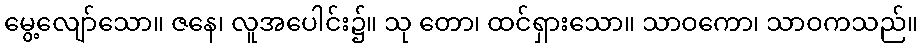
မွေ့လျော်သော။ ဇနေ၊ လူအပေါင်း၌။ သု တော၊ ထင်ရှားသော။ သာဝကော၊ သာဝကသည်။